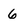
Character: 6